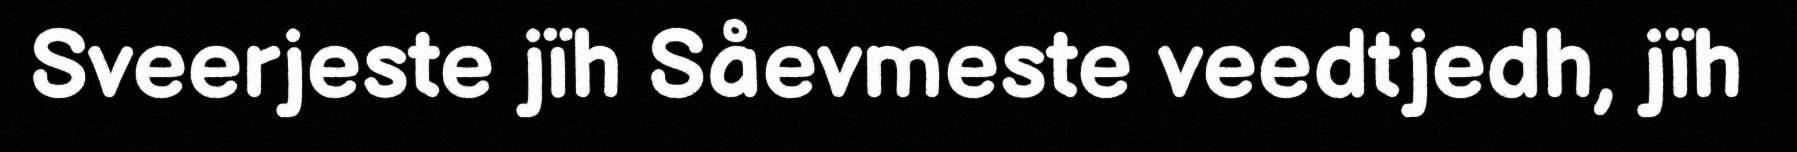
Sveerjeste jïh Såevmeste veedtjedh, jïh